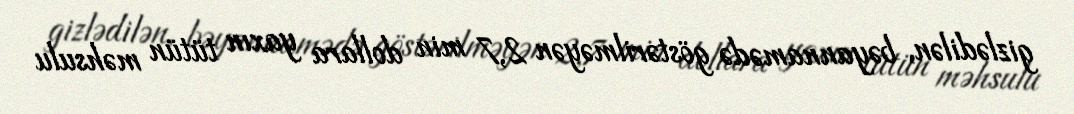
gizlədilən, bəyannamədə göstərilməyən 2,7 min dollara yaxın tütün məhsulu